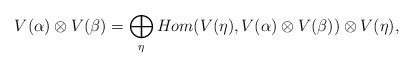
\begin{align*}V(\alpha)\otimes V(\beta) = \bigoplus_{\eta} Hom(V(\eta), V(\alpha)\otimes V(\beta))\otimes V(\eta),\\\end{align*}